Vaccination in Bombay 1889-1901 - 1889-1901
Year: 1889
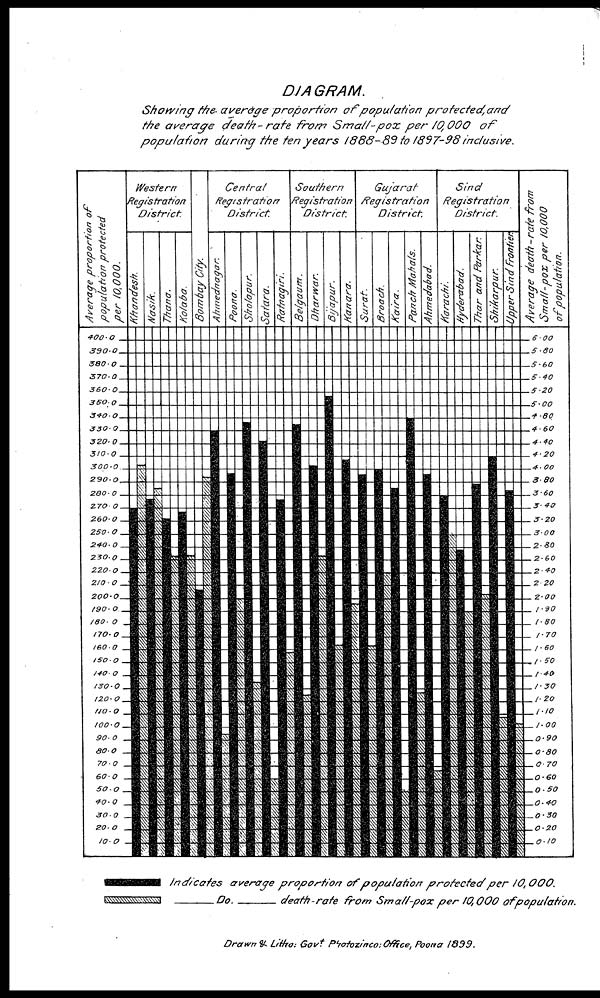
DIAGRAM.
Showing the average proportion
of population protected, and
the average death - rate from Small-pox
per 10,000
of
population
during the ten years 1888-89 to 1897-98 inclusive.
Indicates average proportion of population protected per 10,000.
_Do._death-rate
from Small-pox per 10,000 of population.
Drawn & Littio: Govt Protozinco: Office, Poona 1899.